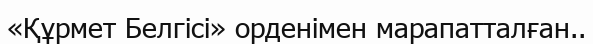
«Құрмет Белгісі» орденімен марапатталған..